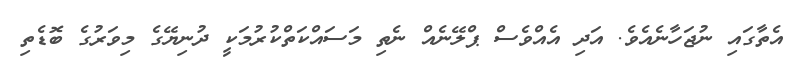
އެތާގައި ނުޖަހާނެއެވެ. އަދި އެއްވެސް ޕްލޭނެއް ނެތި މަސައްކަތްކުރުމަކީ ދުނިޔޭގެ މިވަރުގެ ބޮޑެތި